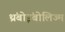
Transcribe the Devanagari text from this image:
थ्रंबोइंबोलिज्म